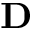
\textbf { D }